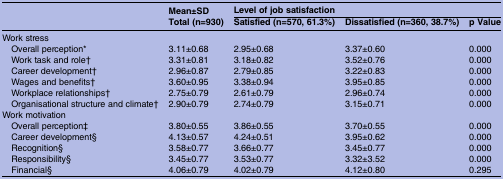
<table><thead><tr><td rowspan="2"></td><td><b>Mean±SD</b></td><td colspan="3"><b>Level of job satisfaction</b></td></tr><tr><td><b>Total (n=930)</b></td><td><b>Satisfied (n=570, 61.3%)</b></td><td><b>Dissatisfied (n=360, 38.7%)</b></td><td><b>p Value</b></td></tr></thead><tbody><tr><td colspan="5">Work stress</td></tr><tr><td> Overall perception*</td><td>3.11±0.68</td><td>2.95±0.68</td><td>3.37±0.60</td><td>0.000</td></tr><tr><td> Work task and role†</td><td>3.31±0.81</td><td>3.18±0.82</td><td>3.52±0.76</td><td>0.000</td></tr><tr><td> Career development†</td><td>2.96±0.87</td><td>2.79±0.85</td><td>3.22±0.83</td><td>0.000</td></tr><tr><td> Wages and benefits†</td><td>3.60±0.95</td><td>3.38±0.94</td><td>3.95±0.85</td><td>0.000</td></tr><tr><td> Workplace relationships†</td><td>2.75±0.79</td><td>2.61±0.79</td><td>2.96±0.74</td><td>0.000</td></tr><tr><td> Organisational structure and climate†</td><td>2.90±0.79</td><td>2.74±0.79</td><td>3.15±0.71</td><td>0.000</td></tr><tr><td colspan="5">Work motivation</td></tr><tr><td> Overall perception‡</td><td>3.80±0.55</td><td>3.86±0.55</td><td>3.70±0.55</td><td>0.000</td></tr><tr><td> Career development§</td><td>4.13±0.57</td><td>4.24±0.51</td><td>3.95±0.62</td><td>0.000</td></tr><tr><td> Recognition§</td><td>3.58±0.77</td><td>3.66±0.77</td><td>3.45±0.77</td><td>0.000</td></tr><tr><td> Responsibility§</td><td>3.45±0.77</td><td>3.53±0.77</td><td>3.32±3.52</td><td>0.000</td></tr><tr><td> Financial§</td><td>4.06±0.79</td><td>4.02±0.79</td><td>4.12±0.80</td><td>0.295</td></tr></tbody></table>